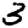
Digit: 3